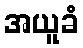
အယူခံ